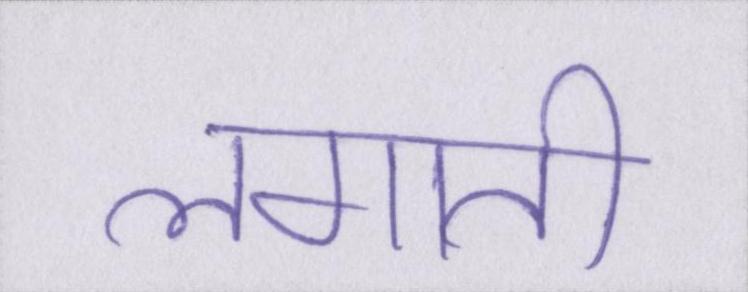
लगाती